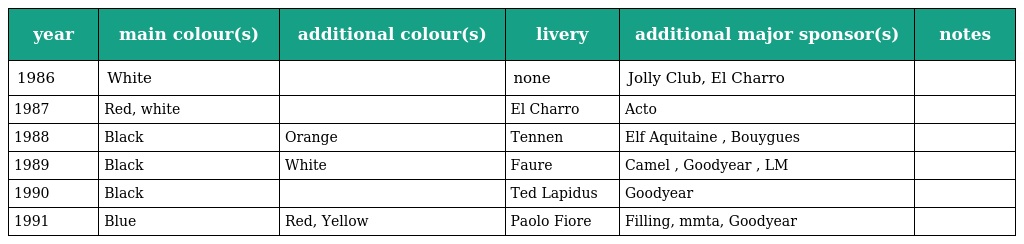
| year | main colour(s) | additional colour(s) | livery | additional major sponsor(s) | notes |
 | --- | --- | --- | --- | --- | --- |
 | 1986 | White |  | none | Jolly Club, El Charro |  |
 | 1987 | Red, white |  | El Charro | Acto |  |
 | 1988 | Black | Orange | Tennen | Elf Aquitaine , Bouygues |  |
 | 1989 | Black | White | Faure | Camel , Goodyear , LM |  |
 | 1990 | Black |  | Ted Lapidus | Goodyear |  |
 | 1991 | Blue | Red, Yellow | Paolo Fiore | Filling, mmta, Goodyear |  |